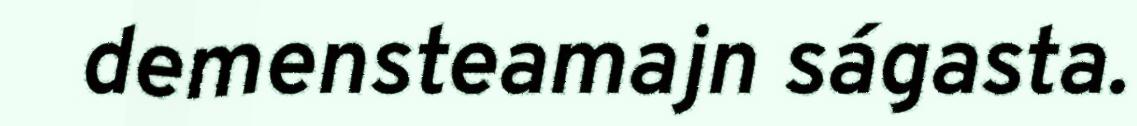
demensteamajn ságasta.